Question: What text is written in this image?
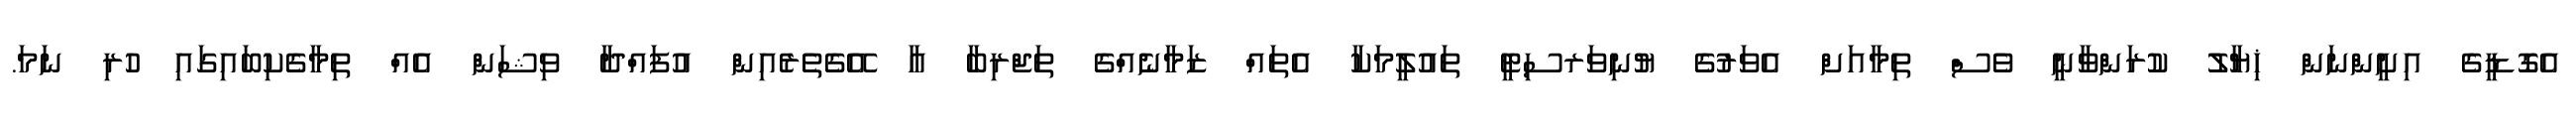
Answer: އެގޮޑީގެ އިށީންނަން ޚިޔާލު ކުރަންވާނީ ވެސް ތިމާއަށް އެވަރުގެ ޔުނިވަރސިޓީ ތައުލީމަކާ އެތައް ޒަމާނެއްގެ ތަޖްރިބާ އާ އޭގެތެރެއިން އުފައްދާ ވިޝަން އެއް ތިމާގެކިބައިގައި ހުރި ނަމަ.